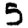
Digit: 5